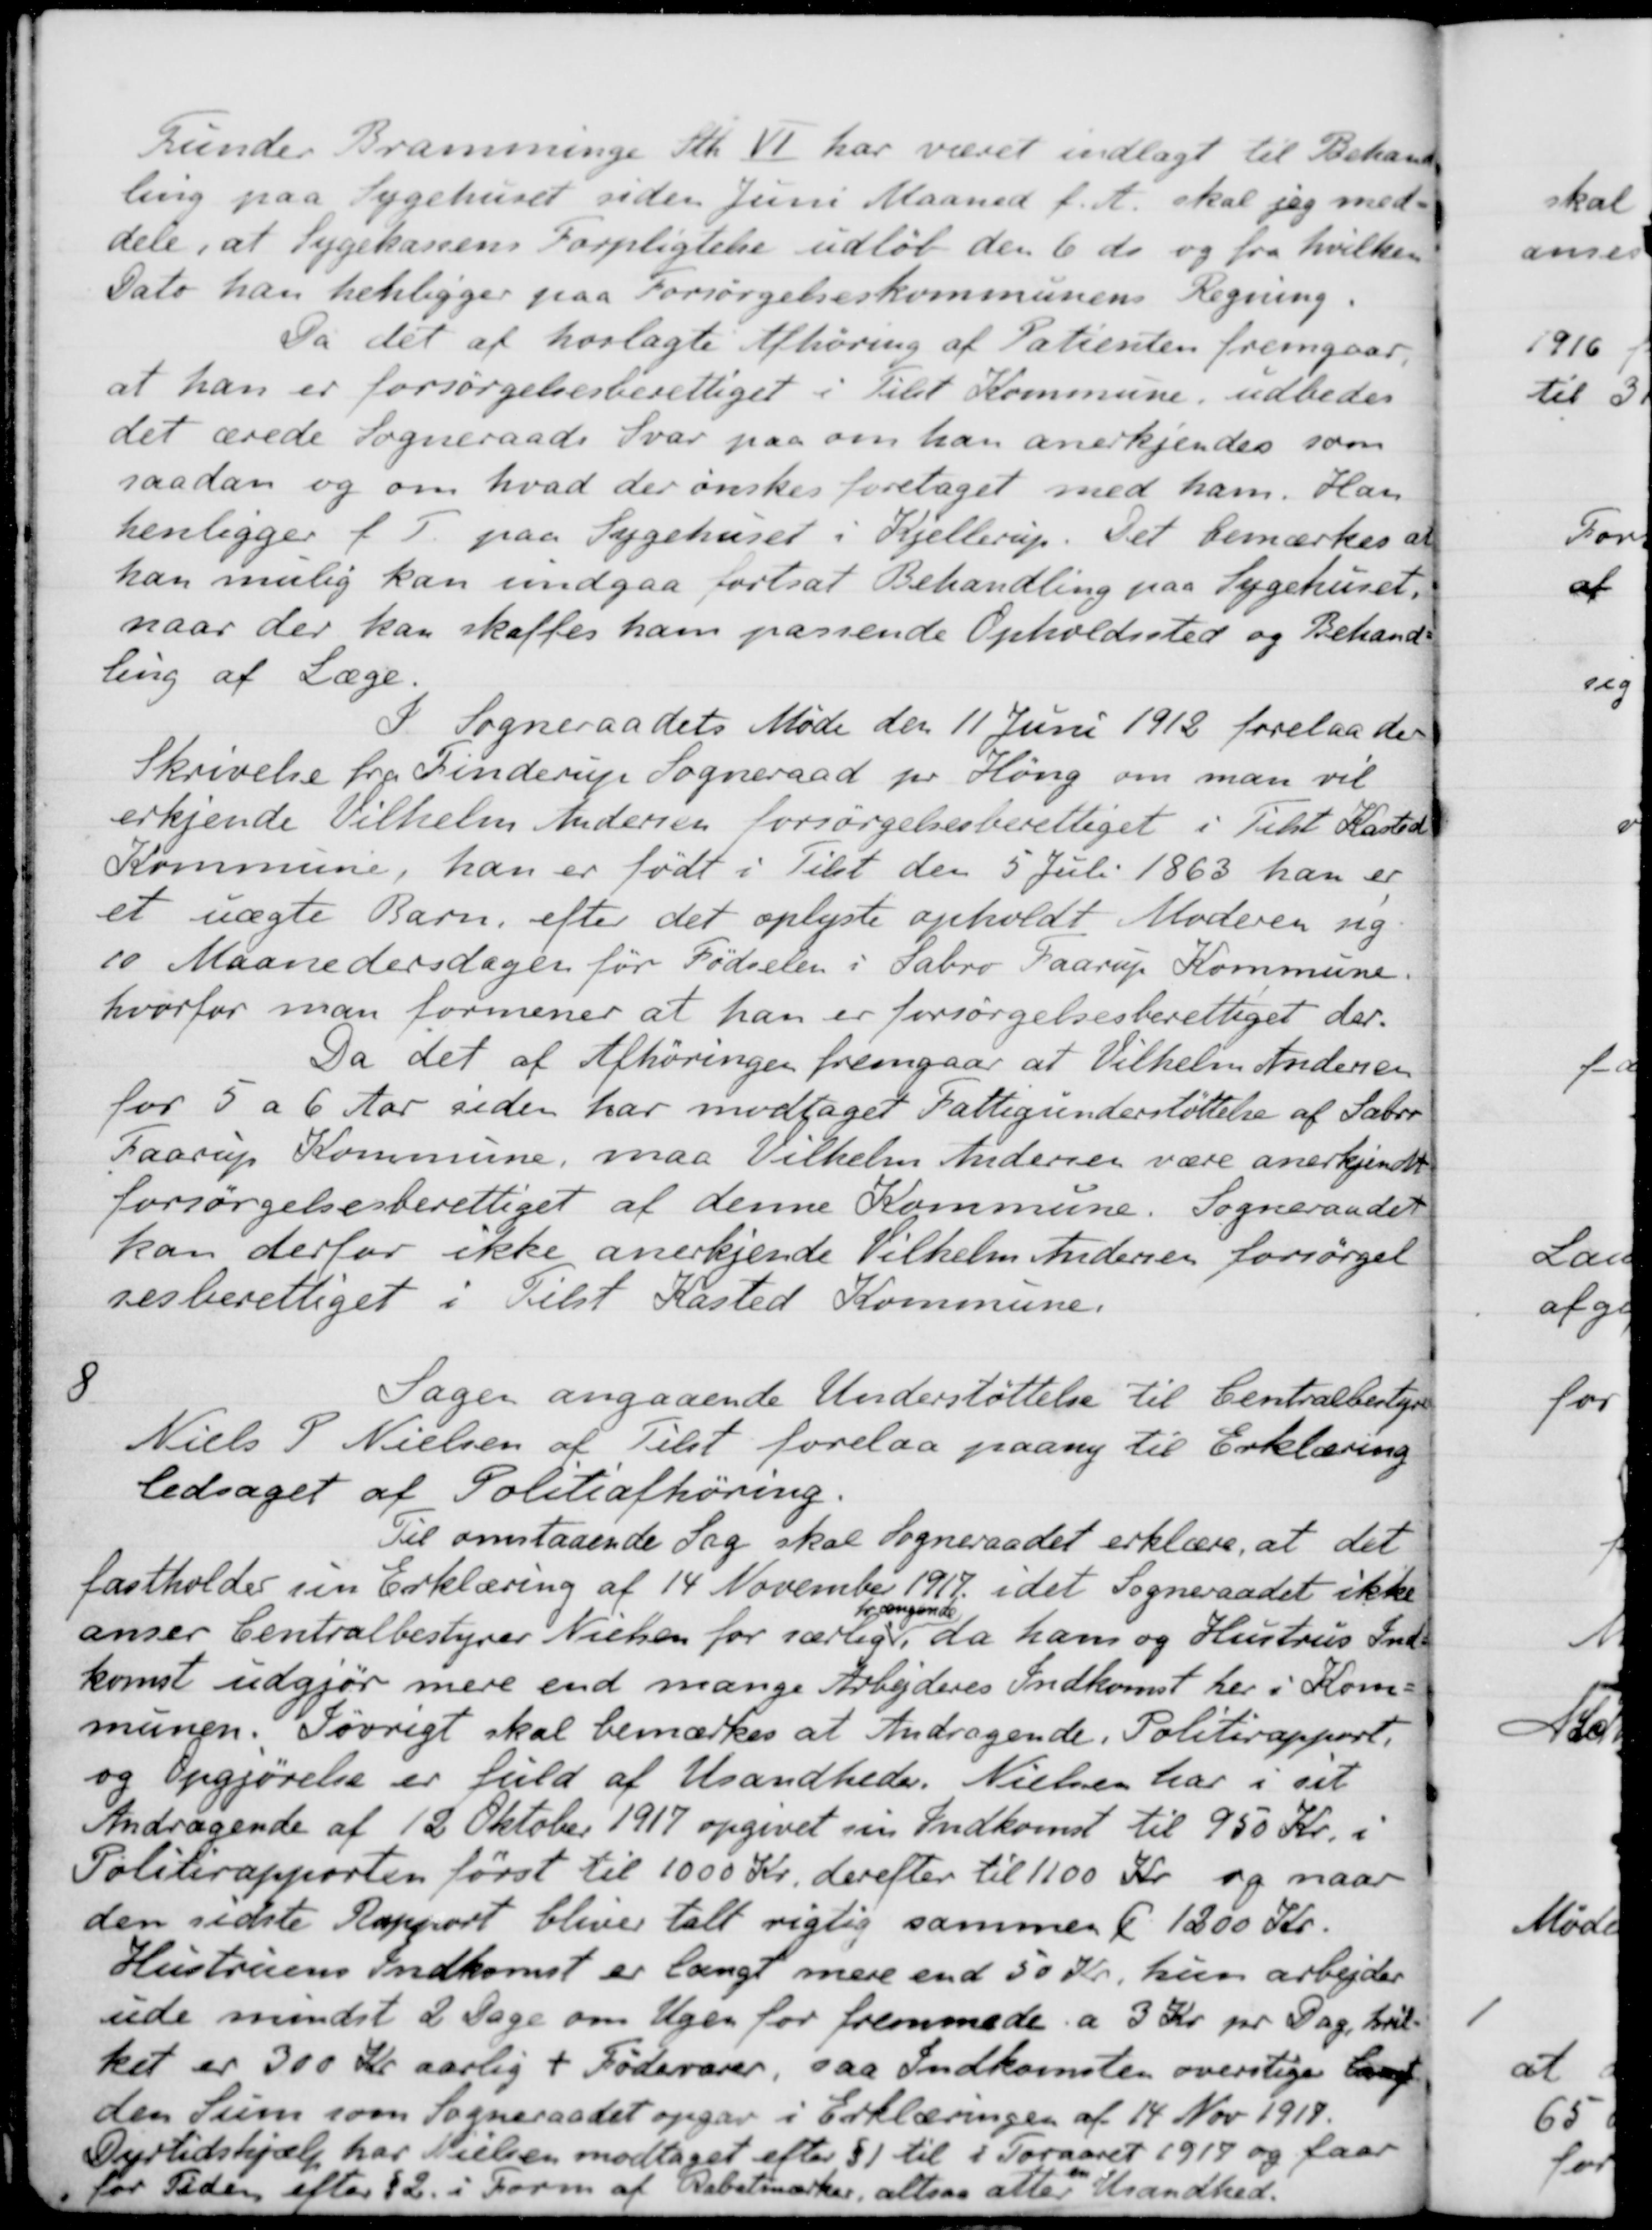
Transskription:
Funder Bramminge Stk. VI har været indlagt til Behand-
ling paa Sygehuset siden Juni Maaned f. A. skal jeg med-
dele, at Sygekassens Forpligtelse udløb den 6 ds og fra hvilken
Dato han henligger paa Forsørgelseskommunens Regning.
Da det af hoslagte Afhøring af Patienten fremgaar
at han er forsørgelsesberettiget i Tilst Kommune, udbedes
det ærede Sogneraads Svar paa om han anerkjendes som
saadan og om hvad der ønskes foretaget med ham. Han
henligger f. T. paa Sygehuset i Kjellerup. Det bemærkes at
han mulig kan undgaa fortsat Behandling paa Sygehuset.
naar der kan skaffes ham passende Opholdssted og Behand-
ling af Læge.
I Sogneraadets Møde den 11 Juni 1912 forelaa der
Skrivelse fra Finderup Sogneraad pr Høng om man vil
erkjende Vilhelm Andersen forsørgelsesberettiget i Tilst Kasted
Kommune, han er født i Tilst den 5 Juli 1863 han er
et uægte Barn, efter det oplyste opholdt Moderen sig
10 Maanedersdagen før Fødselen i Sabro Faarup Kommune.
hvorfor man formener at han er forsørgelsesberettiget der.
Da det af Afhøringen fremgaar at Vilhelm Andersen
for 5 a 6 Aar siden har modtaget Fattigunderstøttelse af Sabro
Faarup Kommune, maa Vilhelm Andersen være anerkjendt
forsørgelsesberettiget af denne Kommune. Sogneraadet
kan derfor ikke anerkjende Vilhelm Andersen forsørgel
ses berettiget i Tilst Kasted Kommune.
8
Sagen angaaende Understøttelse til Centralbestyrer
Niels P. Nielsen af Tilst forelaa paany til Erklæring
ledsaget af Politiafhøring
Til omstaaende Sag skal Sogneraadet erklære, at det
fastholder sin Erklæring af 14 November 1917 i det Sogneraadet ikke
anser Centralbestyrer Nielsen for særlig
trængende
da ham og Hustrus Ind-
komst udgjør mere end mange Arbejderes Indkomst her i Kom-
munen. Iøvrigt skal bemærkes at Andragende, Politirapport.
og Opgjørelse er fuld af Usandheder. Nielsen har i sit
Andragende af 12 Oktober 1917 opgivet sin Indkomst til 950 Kr. i
Politirapporten først til 1000 Kr, derefter til 1100 Kr og naar
den sidste Rapport bliver talt rigtig sammen C. 1200 Kr.
Hustruens Indkomst er langt mere end 50 Kr, hun arbejder
ude mindst 2 Dage om Ugen for fremmede a 3 Kr. pr. Dag, hvil-
ket er 300 Kr aarlig + Fødevarer, saa Indkomsten overstiger langt
den Sum som Sogneraadet opgav i Erklæringen af 14 Nov 1917.
Dyrtidshjælp har Nielsen modtaget efter § 1 til i Foraaret 1917 og faar
for Tiden efter §2 i Form af Rabatmærker, altsaa atter en Usandhed.